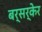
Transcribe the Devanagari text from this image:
बर्सर्केर